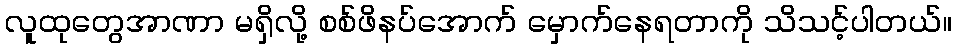
လူထုတွေအာဏာ မရှိလို့ စစ်ဖိနပ်အောက် မှောက်နေရတာကို သိသင့်ပါတယ်။